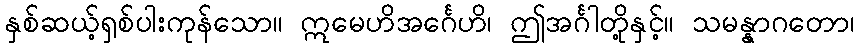
နှစ်ဆယ့်ရှစ်ပါးကုန်သော။ ဣမေဟိအင်္ဂေဟိ၊ ဤအင်္ဂါတို့နှင့်။ သမန္နာဂတော၊